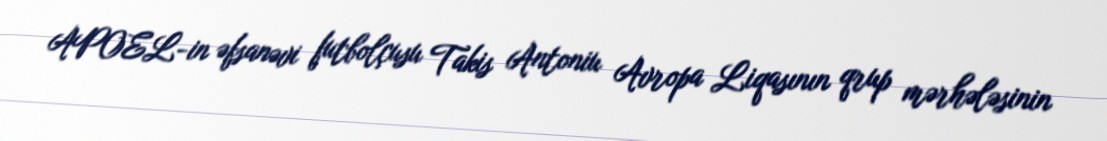
APOEL-in əfsanəvi futbolçusu Takis Antoniu Avropa Liqasının qrup mərhələsinin